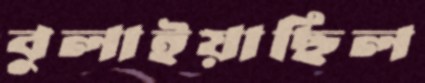
বুলাইয়াছিল